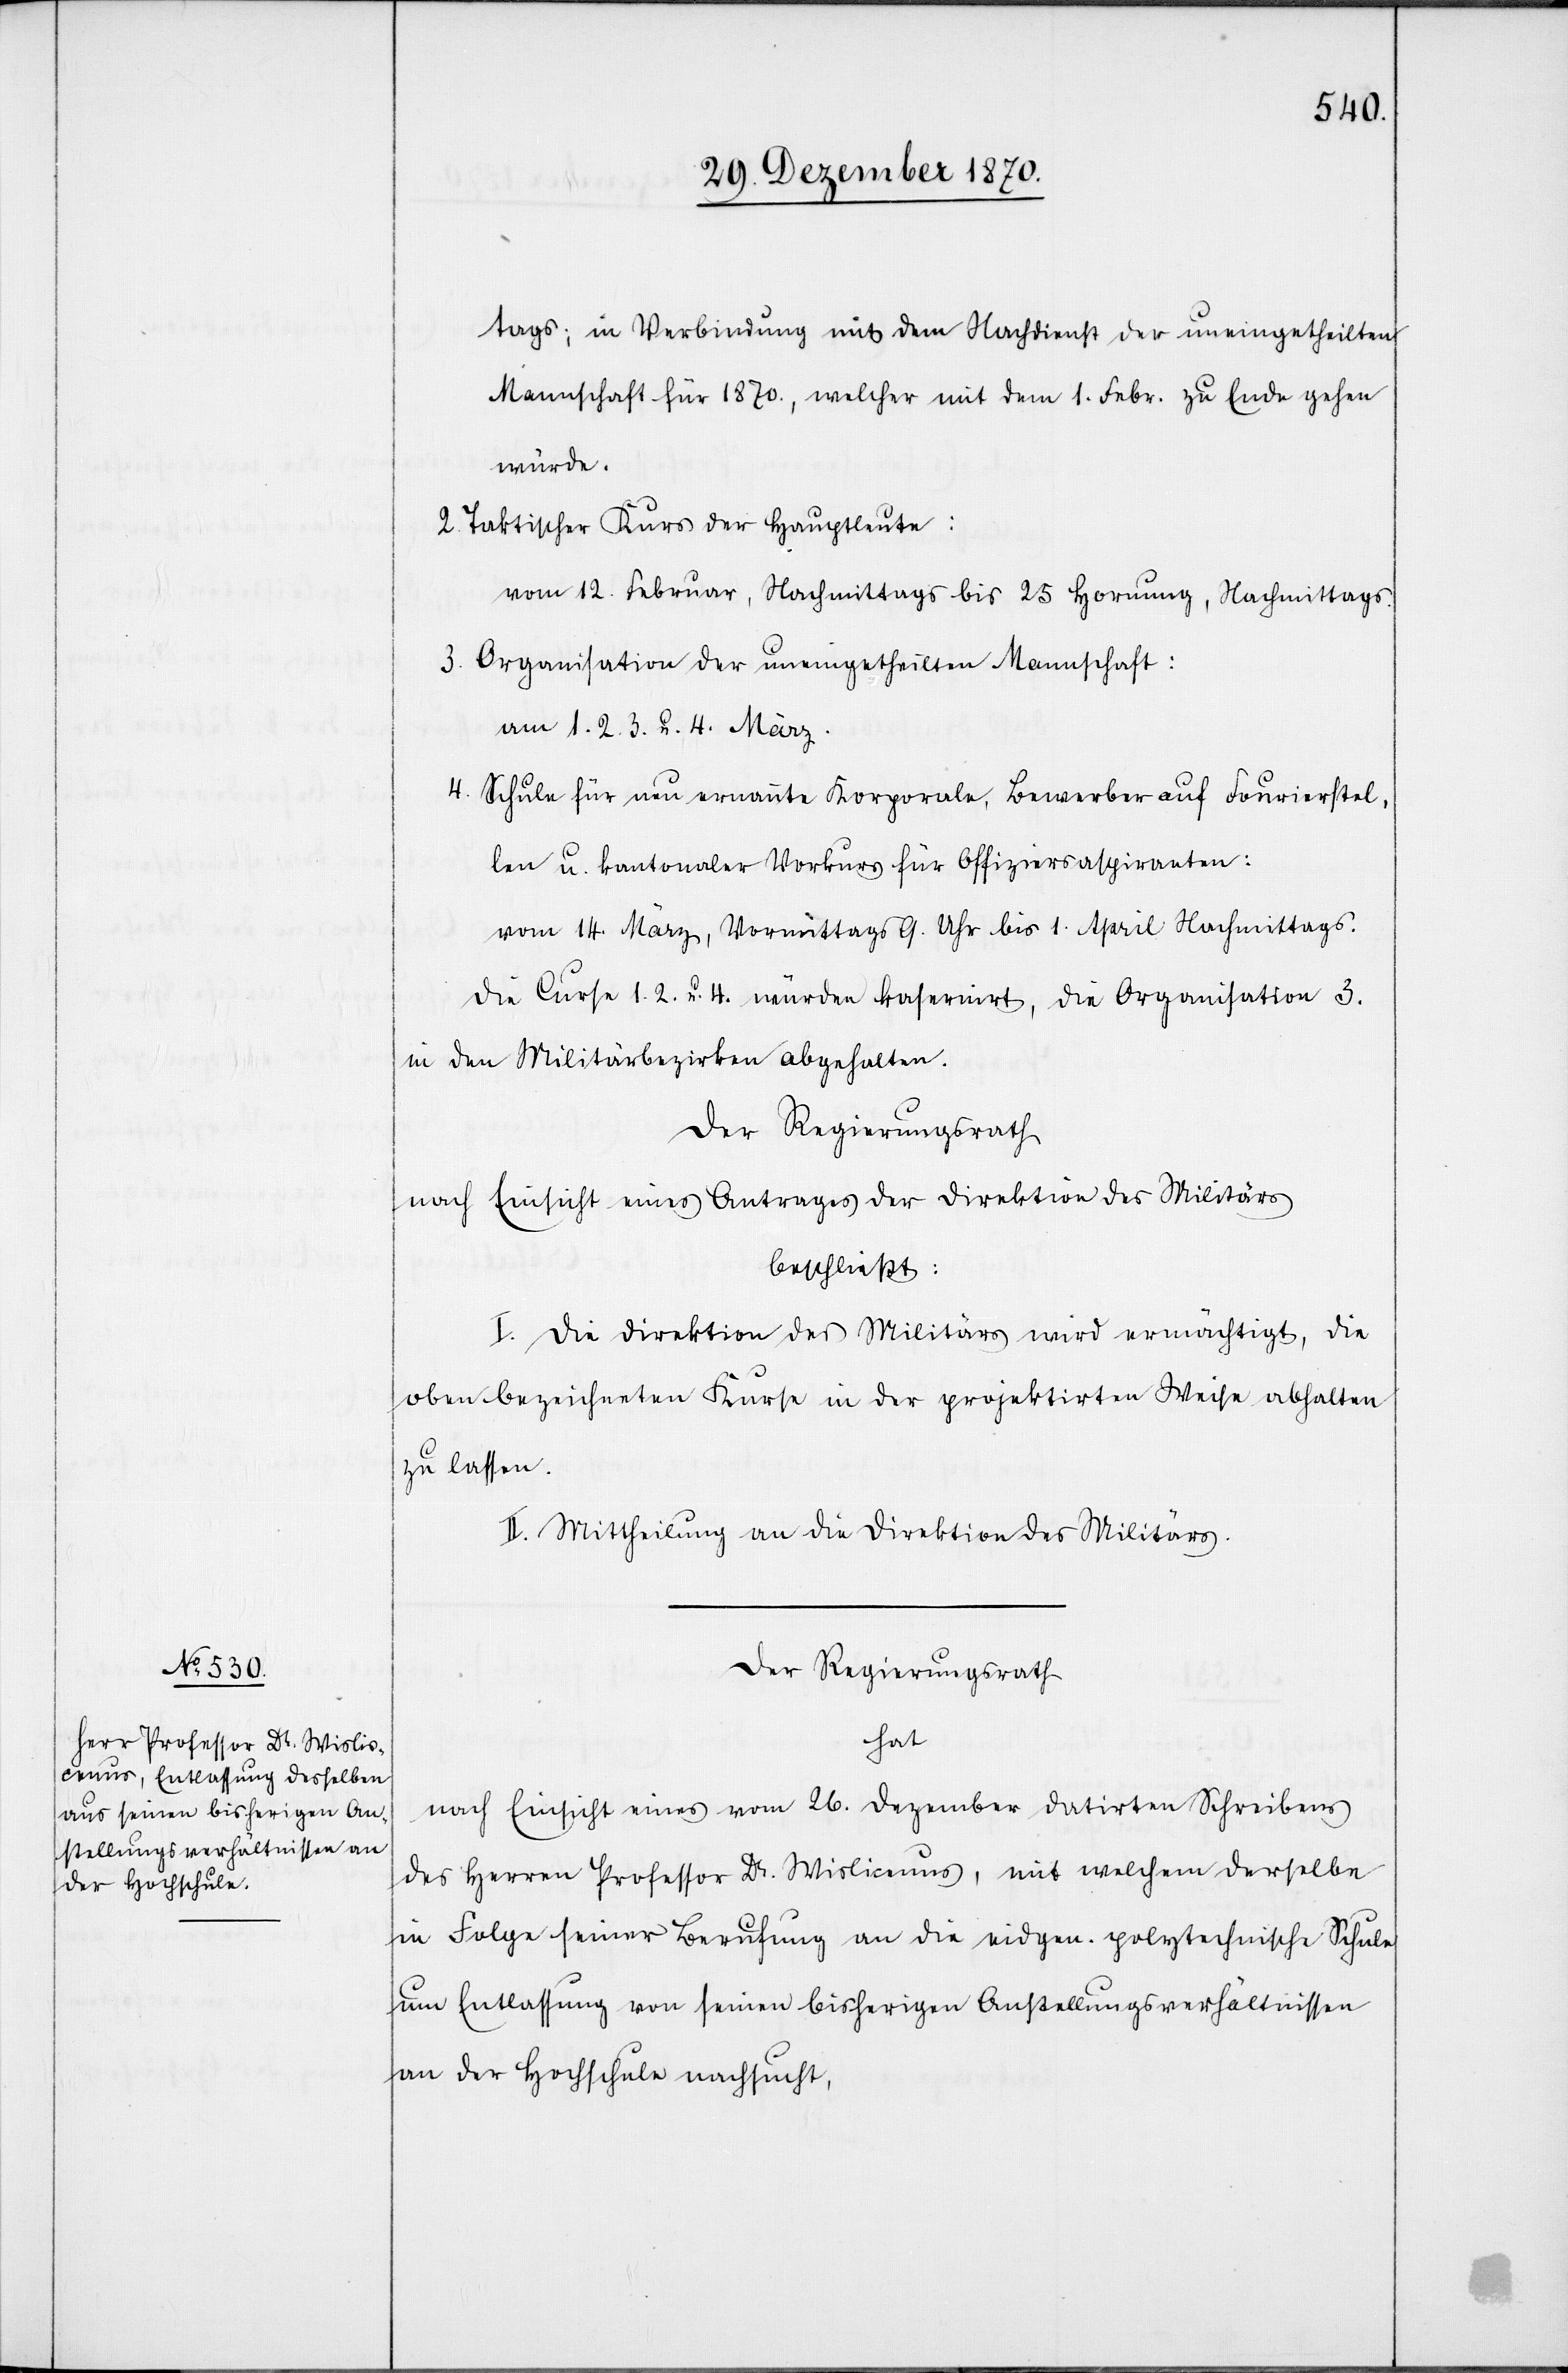
tags; in Verbindung mit dem Nachdienst der uneingetheilten
Mannschaft für 1870., welcher mit dem 1. Febr. zu Ende gehen
würde.
2. Faktischer Kurs der Hauptleute:
vom 12. Februar, Nachmittags bis 25 Hornung, Nachmittags.
3. Organisation der uneingetheilten Mannschaft:
am 1. 2. 3. u. 4. März.
4. Schule für neu ernannte Korporale, Bewerber auf Fourierstel¬
len u. kantonaler Vorkurs für Offizirsaspiranten:
vom 14. März, Vormittags 9. Uhr bis 1. April Nachmittags.
Die Curse 1. 2. u. 4. würden kasernirt, die Organisation 3.
in den Militärbezirken abgehalten.
Der Regierungsrath
nach Einsicht eines Antrages der Direktion des Militärs
beschließt:
I. Die Direktion des Militärs wird ermächtigt, die
oben bezeichneten Kurse in der projektirten Weise abhalten
zu lassen.
II. Mittheilung an die Direktion des Militärs.
Der Regierungsrath
hat
nach Einsicht eines vom 26. Dezember datirten Schreibens
des Herren Professor Dr. Wislicenus, mit welchem derselbe
in Folge seiner Berufung an die eidgen. polytechnische Schule
um Entlassung von seinen bisherigen Anstellungsverhältnissen
an der Hochschule nachsucht,